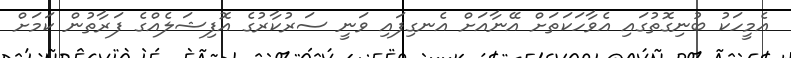
އެމީހަކު ބުނިގޮތުގައި އެވާހަކަތަށް އޭނާއަށް އެނގިފައި ވަނީ ސަރުކާރުގެ އޮފިޝަލެއްގެ ފަރާތުން ކަމަށް